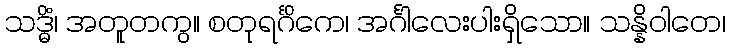
သဒ္ဓိံ၊ အတူတကွ။ စတုရင်္ဂိကေ၊ အင်္ဂါလေးပါးရှိသော။ သန္နိဝါတေ၊